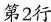
第2行